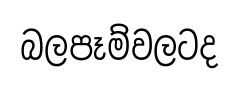
බලපෑම්වලටද